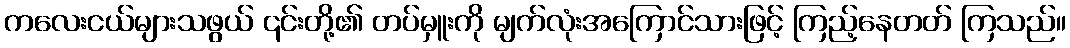
ကလေးငယ်များသဖွယ် ၎င်းတို့၏ တပ်မှူးကို မျက်လုံးအကြောင်သားဖြင့် ကြည့်နေတတ် ကြသည်။